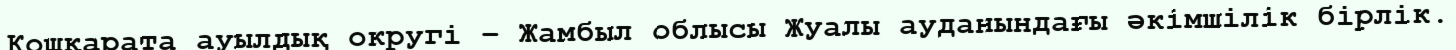
Қошқарата ауылдық округі – Жамбыл облысы Жуалы ауданындағы әкімшілік бірлік.